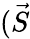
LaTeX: (\vec{S}